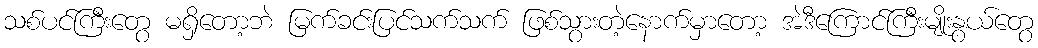
သစ်ပင်ကြီးတွေ မရှိတော့ဘဲ မြက်ခင်းပြင်သက်သက် ဖြစ်သွားတဲ့နောက်မှာတော့ အဲဒီကြောင်ကြီးမျိုးနွယ်တွေ